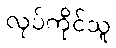
လုပ်ကိုင်သူ